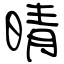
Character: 晴